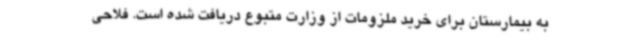
به بیمارستان برای خرید ملزومات از وزارت متبوع دریافت شده است. فلاحی